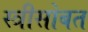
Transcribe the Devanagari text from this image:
स्त्रीसोबत